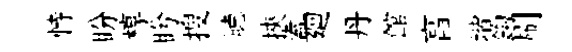
恃盼椁盻搜聴挾盍廻丹館亯堦鈎刷